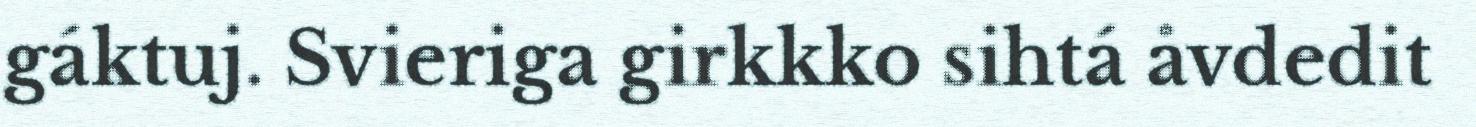
gáktuj. Svieriga girkkko sihtá åvdedit